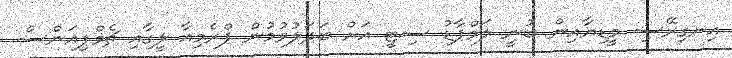
އިނގިރޭސި މީޑިޔާއިން ބުނީ ލަމްޕާޑު ސިޓީ އަށް ބަދަލުވުމުން ޕްރެމިއާ ލީގާއި ޗެމްޕިއަންސް